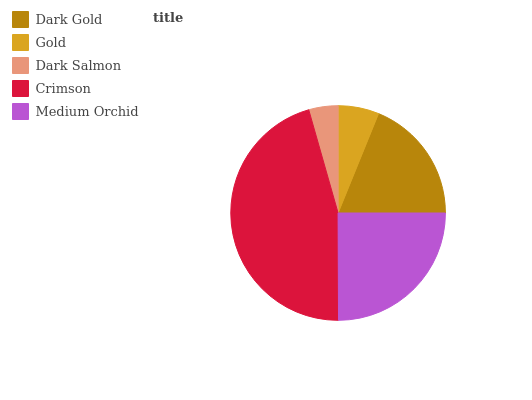
| Dark Gold | Gold | Dark Salmon | Crimson | Medium Orchid |
 | --- | --- | --- | --- | --- |
 | 18.8% | 6.14% | 4.41% | 45.7% | 25% |